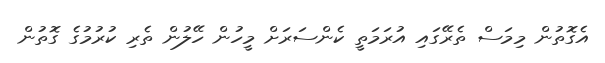
އެގޮތުން މިމަސް ތެރޭގައި އުރަމަތީ ކެންސަރަށް މީހުން ހޭލުން ތެރި ކުރުމުގެ ގޮތުން